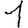
Digit: 1